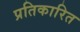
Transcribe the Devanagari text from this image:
प्रतिकारित